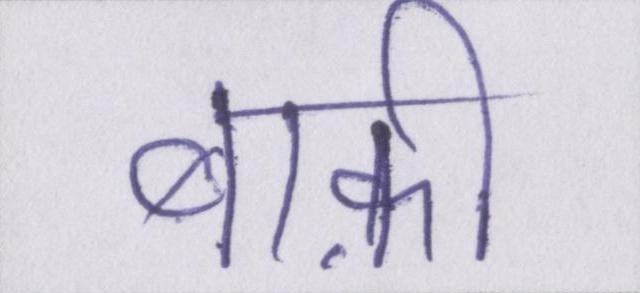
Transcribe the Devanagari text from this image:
बाक़ी